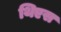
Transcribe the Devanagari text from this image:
थिएस